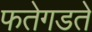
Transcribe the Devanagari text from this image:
फतेगडते